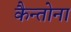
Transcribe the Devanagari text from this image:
कैन्तोना